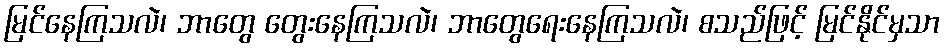
မြင်နေကြသလဲ၊ ဘာတွေ တွေးနေကြသလဲ၊ ဘာတွေရေးနေကြသလဲ၊ စသည်ဖြင့် မြင်နိုင်မှသာ